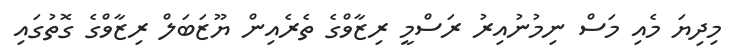
މިދިޔަ މެއި މަސް ނިމުނުއިރު ރަސްމީ ރިޒާވްގެ ތެރެއިން ޔޫޒަބަލް ރިޒާވްގެ ގޮތުގައި